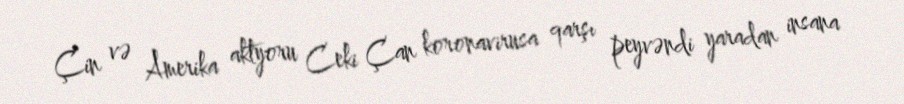
Çin və Amerika aktyoru Ceki Çan koronavirusa qarşı peyvəndi yaradan insana